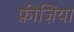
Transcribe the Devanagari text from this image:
फ़ीज़िया